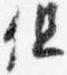
但